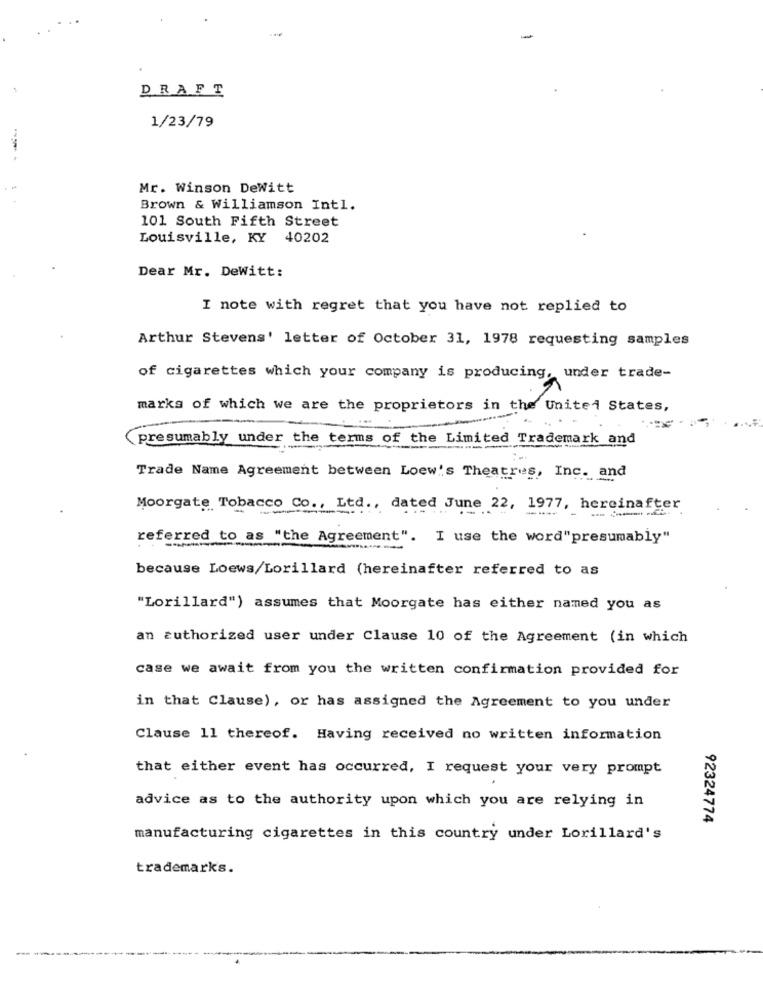
-
DRAFT
1/23/79
Mr. Winson DeWitt
Brown & Williamson Intl.
101 South Fifth Street
Louisville, KY 40202
Dear Mr. DeWitt:
I note with regret that you have not replied to
Arthur Stevens' letter of October 31, 1978 requesting samples
of cigarettes which your company is producing, under trade-
marks of which we are the proprietors in the United States,
presumably under the terms of the Limited Trademark and
Trade Name Agreement between Loew's Theatres, Inc. and
Moorgate Tobacco Co ., Ltd ., dated June 22, 1977, hereinafter
----
referred to as "the Agreement". I use the word"presumably"
because Loews/Lorillard (hereinafter referred to as
"Lorillard") assumes that Moorgate has either named you as
an authorized user under Clause 10 of the Agreement (in which
case we await from you the written confirmation provided for
in that Clause), or has assigned the Agreement to you under
Clause 11 thereof. Having received no written information
that either event has occurred, I request your very prompt
advice as to the authority upon which you are relying in
92324774
manufacturing cigarettes in this country under Lorillard's
trademarks.